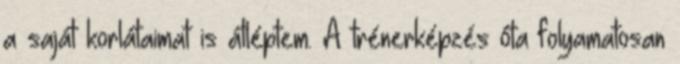
a saját korlátaimat is átléptem. A trénerképzés óta folyamatosan